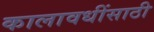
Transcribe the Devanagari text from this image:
कालावधींसाठी